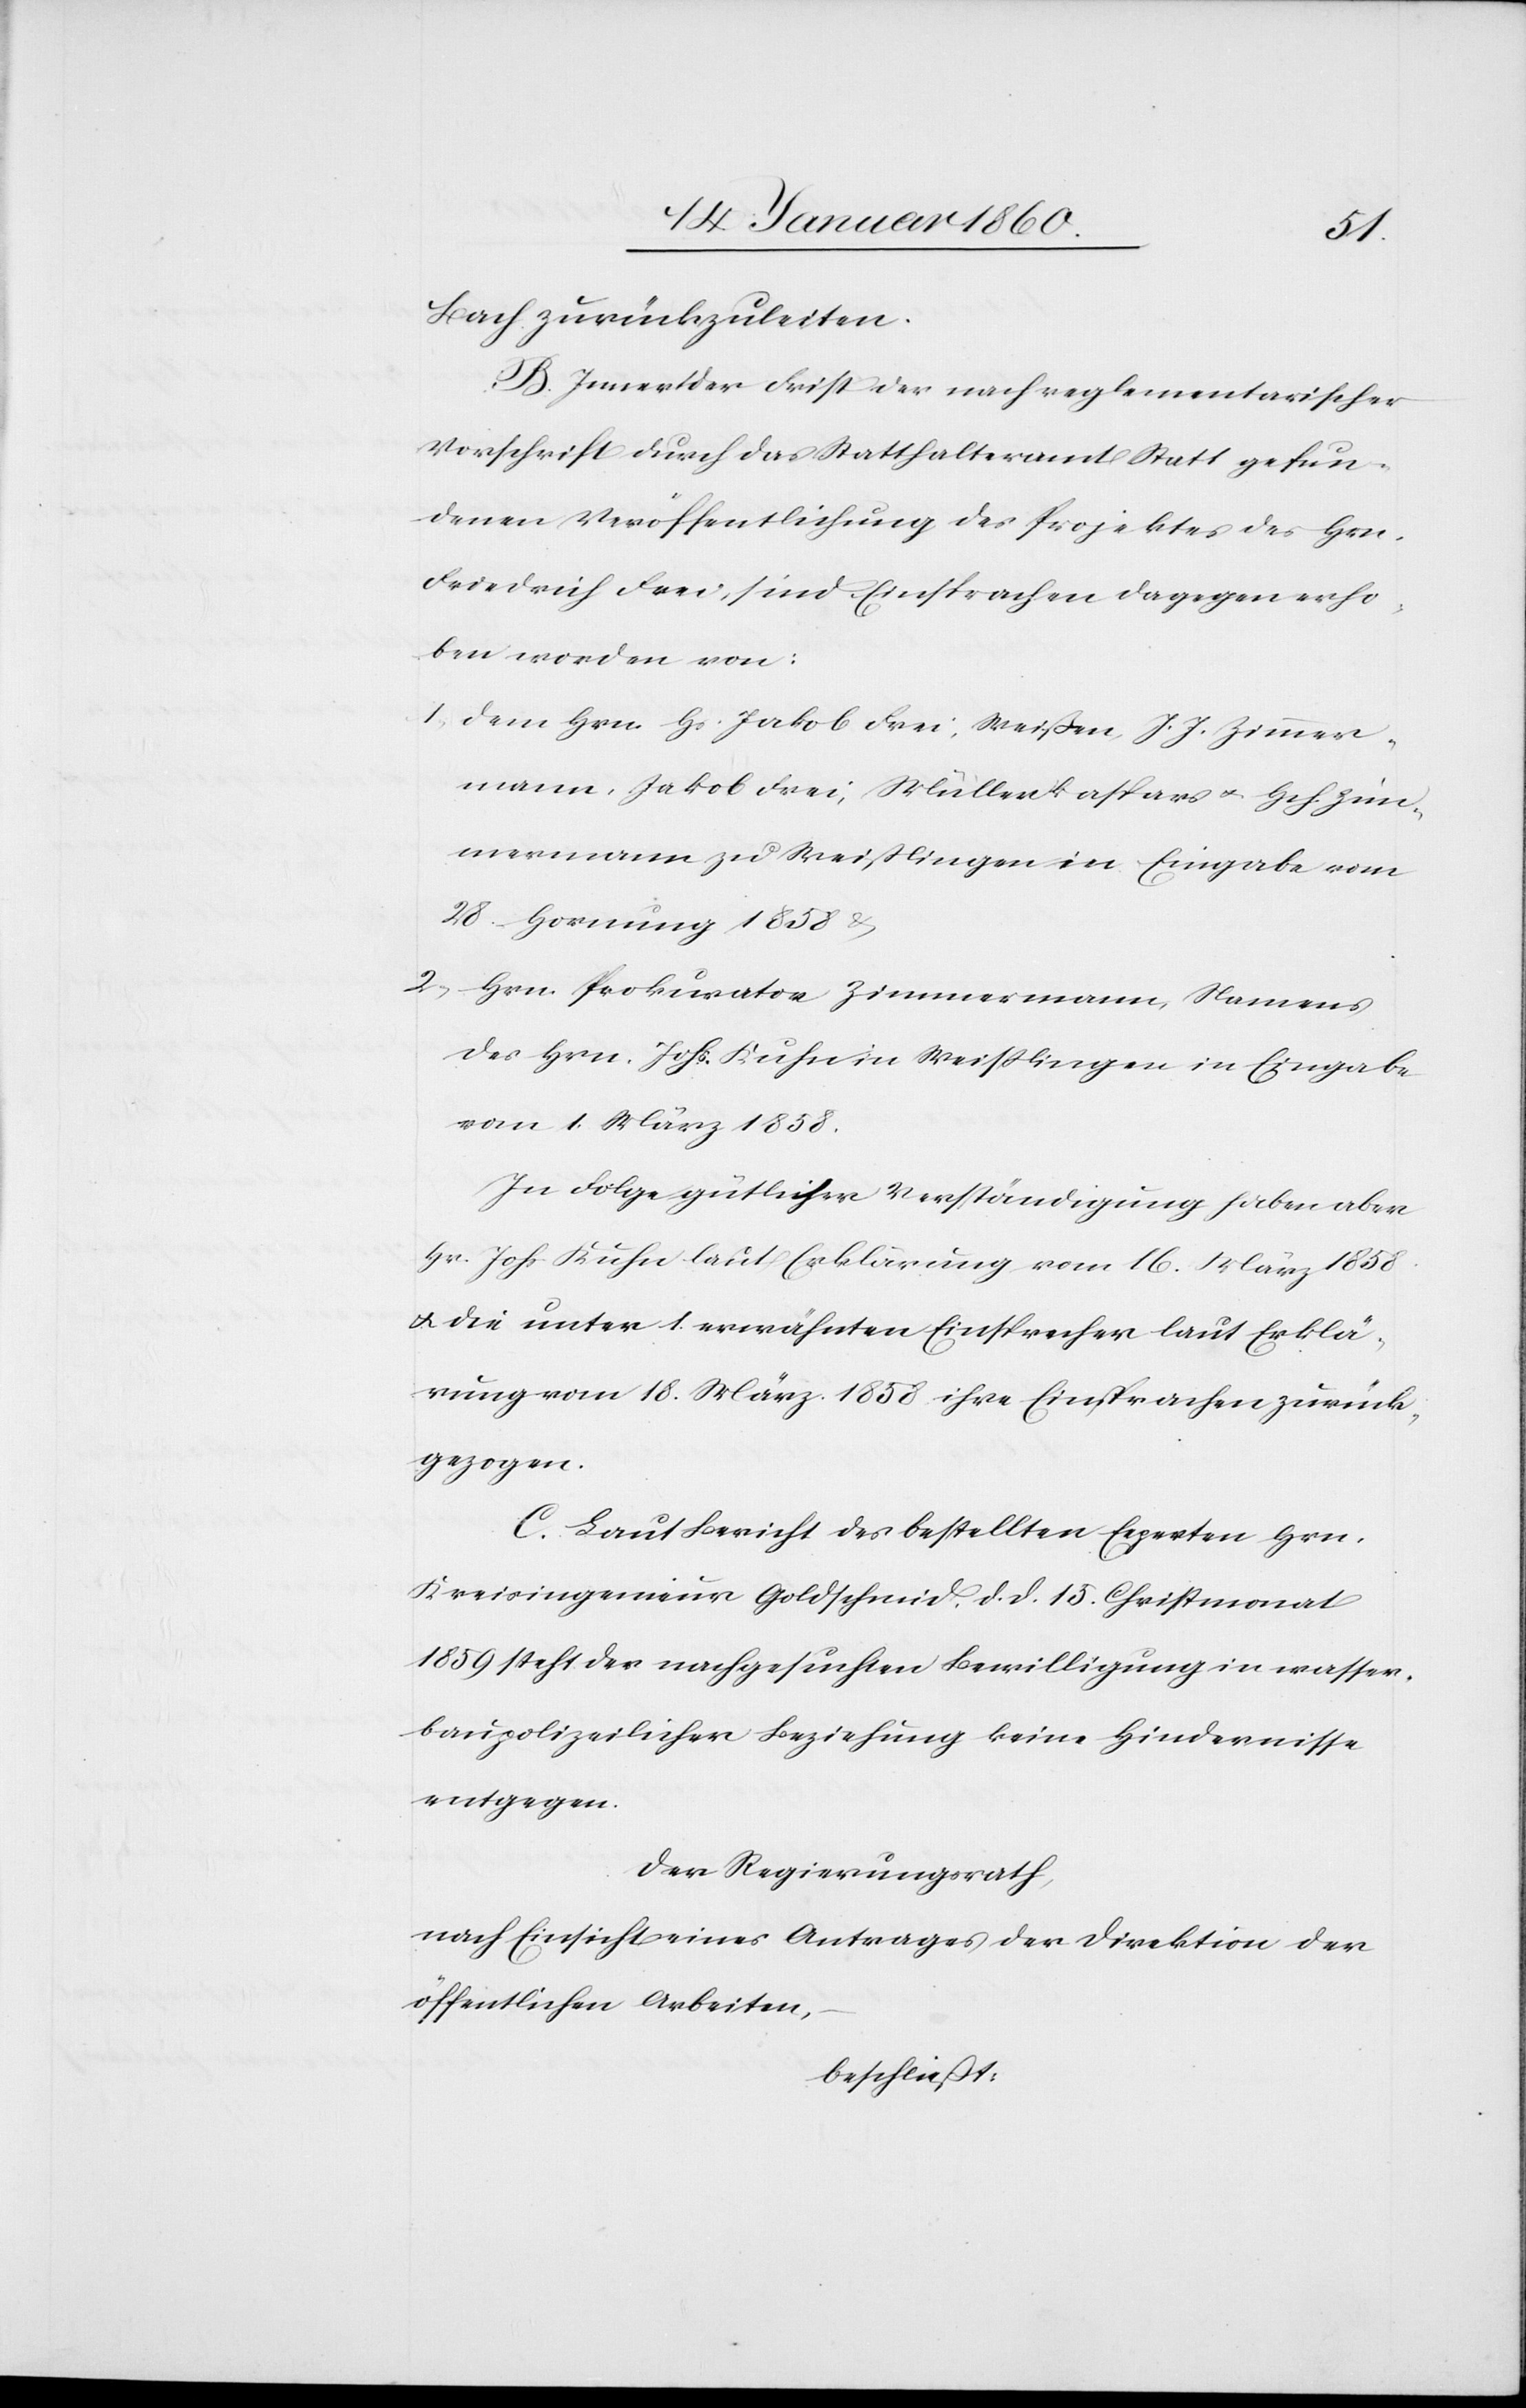
Bach zurückzuleiten.
B. Innert der Frist der nach reglementarischer
Vorschrift durch das Statthalteramt Statt gefun¬
denen Veröffentlichung des Projektes des Hrn.
Friedrich Frei, sind Einsprachen dagegen erho¬
ben worden von:
1. dem Hrn. Hs. Jakob Frei: Weißen, J. J. Zimmer¬
mann, Jakob Frei, Müller Kaspars u. Hch. Zim¬
mermann zu Weisslingen in Eingabe vom
28. Hornung 1858 u.
2. Hrn. Prokurator Zimmermann, Namens
des Hrn. Johs. Kuhn in Weisslingen in Eingabe
vom 1. März 1858.
in Folge gütlicher Verständigung habe aber
Hr. Joh. Kuhn laut Erklärung vom 16. März 1858
u. die unter 1. erwähnten Einsprecher laut Erklä¬
rung vom 18. März 1858 ihre Einsprachen zurück¬
gezogen.
C. Laut Bericht des bestellten Experten Hrn.
Kreisingenieur Goldschmid d. d. 15. Christmonat
1859 steht der nachgesuchten Bewilligung in wasser¬
polizeilicher Beziehung keine [sic!] Hindernisse
entgegen.
der Regierungsrath,
nach Einsicht eines Antrages der Direktion der
öffentlichen Arbeiten
beschließt: